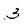
Character: 3